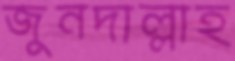
জুনদাল্লাহ